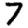
Digit: 7